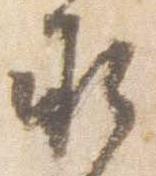
承